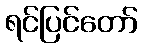
ရင်ပြင်တော်